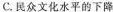
C.民众文化水平的下降